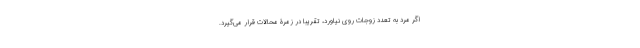
اگر مرد به تعدد زوجات روی نیاورد، تقریبا در زمرۀ محالات قرار می‌گیرد.